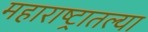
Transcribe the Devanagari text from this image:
महाराष्‍ट्रातल्या